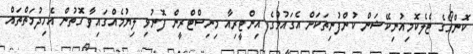
ކޮންގޯގެ ޓެލެކޮމިއުނިކޭޝަން ކުންފުނިތަކަށް އެގައުމުގެ އިންޓީރިއާ މިނިސްޓްރީން ފޮނުވި ލިޔުމެއްގައިވާ ގޮތުން އެހިދުމަތްތައް